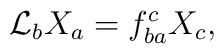
{\cal L}_b X_a = f^{c}_{ba} X_c  ,